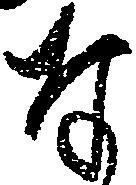
な